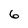
Character: 6